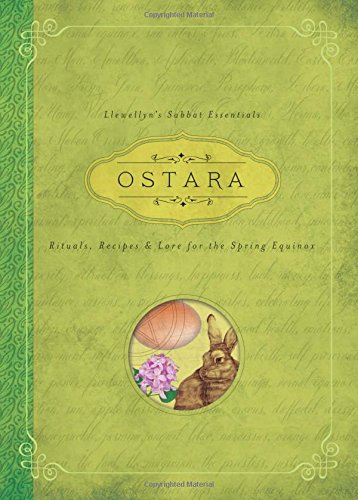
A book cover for Ostara: Rituals, Recipes & Lore for the Spring Equinox (Llewellyn's Sabbat Essentials); Llewellyn; Religion & Spirituality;